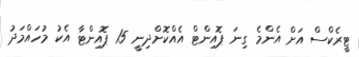
ޓީރެކްސް އަށް އެންމެ ގިނަ ޕޮއިންޓް އެއްކޮށްދިނީ 15 ޕޮއިންޓާ އެކު މުހައްމަދު